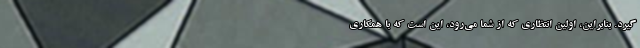
گیرد. بنابراین، اولین انتظاری که از شما می‌رود، این است که با همکاری